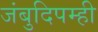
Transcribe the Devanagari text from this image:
जंबुदिपम्ही